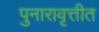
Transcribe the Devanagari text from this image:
पुनारावृत्तीत